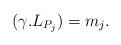
LaTeX: \begin{align*} (\gamma . L_{P_j}) = m_j.\end{align*}